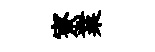
寮業